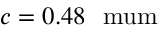
c = 0 . 4 8 ~ \mathrm { \ m u m }